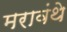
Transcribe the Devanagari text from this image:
मरावंथे